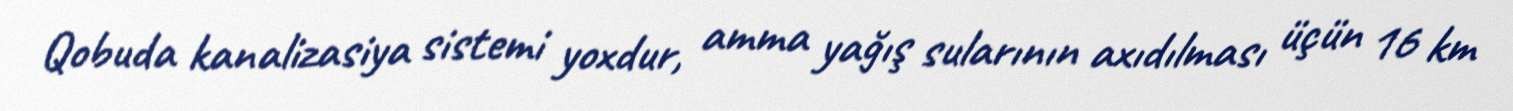
Qobuda kanalizasiya sistemi yoxdur, amma yağış sularının axıdılması üçün 16 km